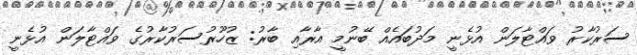
ސަރުކާރު ވައްޓާލަން އުޅެނީ މަދުބައެއް ބޭނުމީ އާރާއި ބާރު: ޒުހޫރުސަރުކާރުގެ ވައްޓާލަން އުޅެނީ